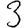
Digit: 3